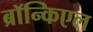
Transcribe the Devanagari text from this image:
ब्रॉन्किएल